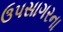
ઉપસાગરના